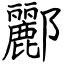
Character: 酈